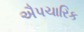
ઐપચારિક